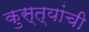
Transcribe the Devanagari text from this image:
कुस्त्यांची